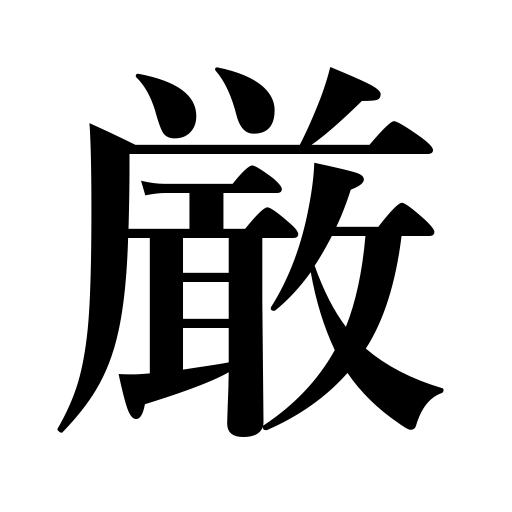
Meanings: severe,strict,austere,strictness,majestic,severity